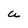
Character: U